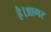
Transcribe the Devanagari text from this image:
है।आगर